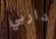
داربي